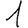
Digit: 1